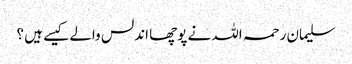
سلیمان رحمہ اللہ نے پوچھا اندلس والے کیسے ہیں ؟